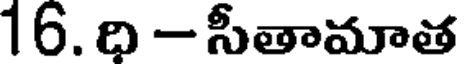
16. ధి - సీతామాత